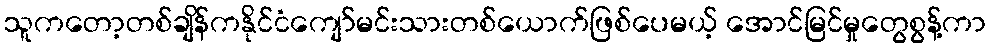
သူကတော့တစ်ချိန်ကနိုင်ငံကျော်မင်းသားတစ်ယောက်ဖြစ်ပေမယ့် အောင်မြင်မှုတွေစွန့်ကာ